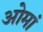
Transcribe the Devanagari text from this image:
ओमां